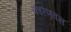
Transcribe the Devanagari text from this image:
कारणवस